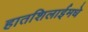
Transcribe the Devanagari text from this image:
हातशिलाईमधे